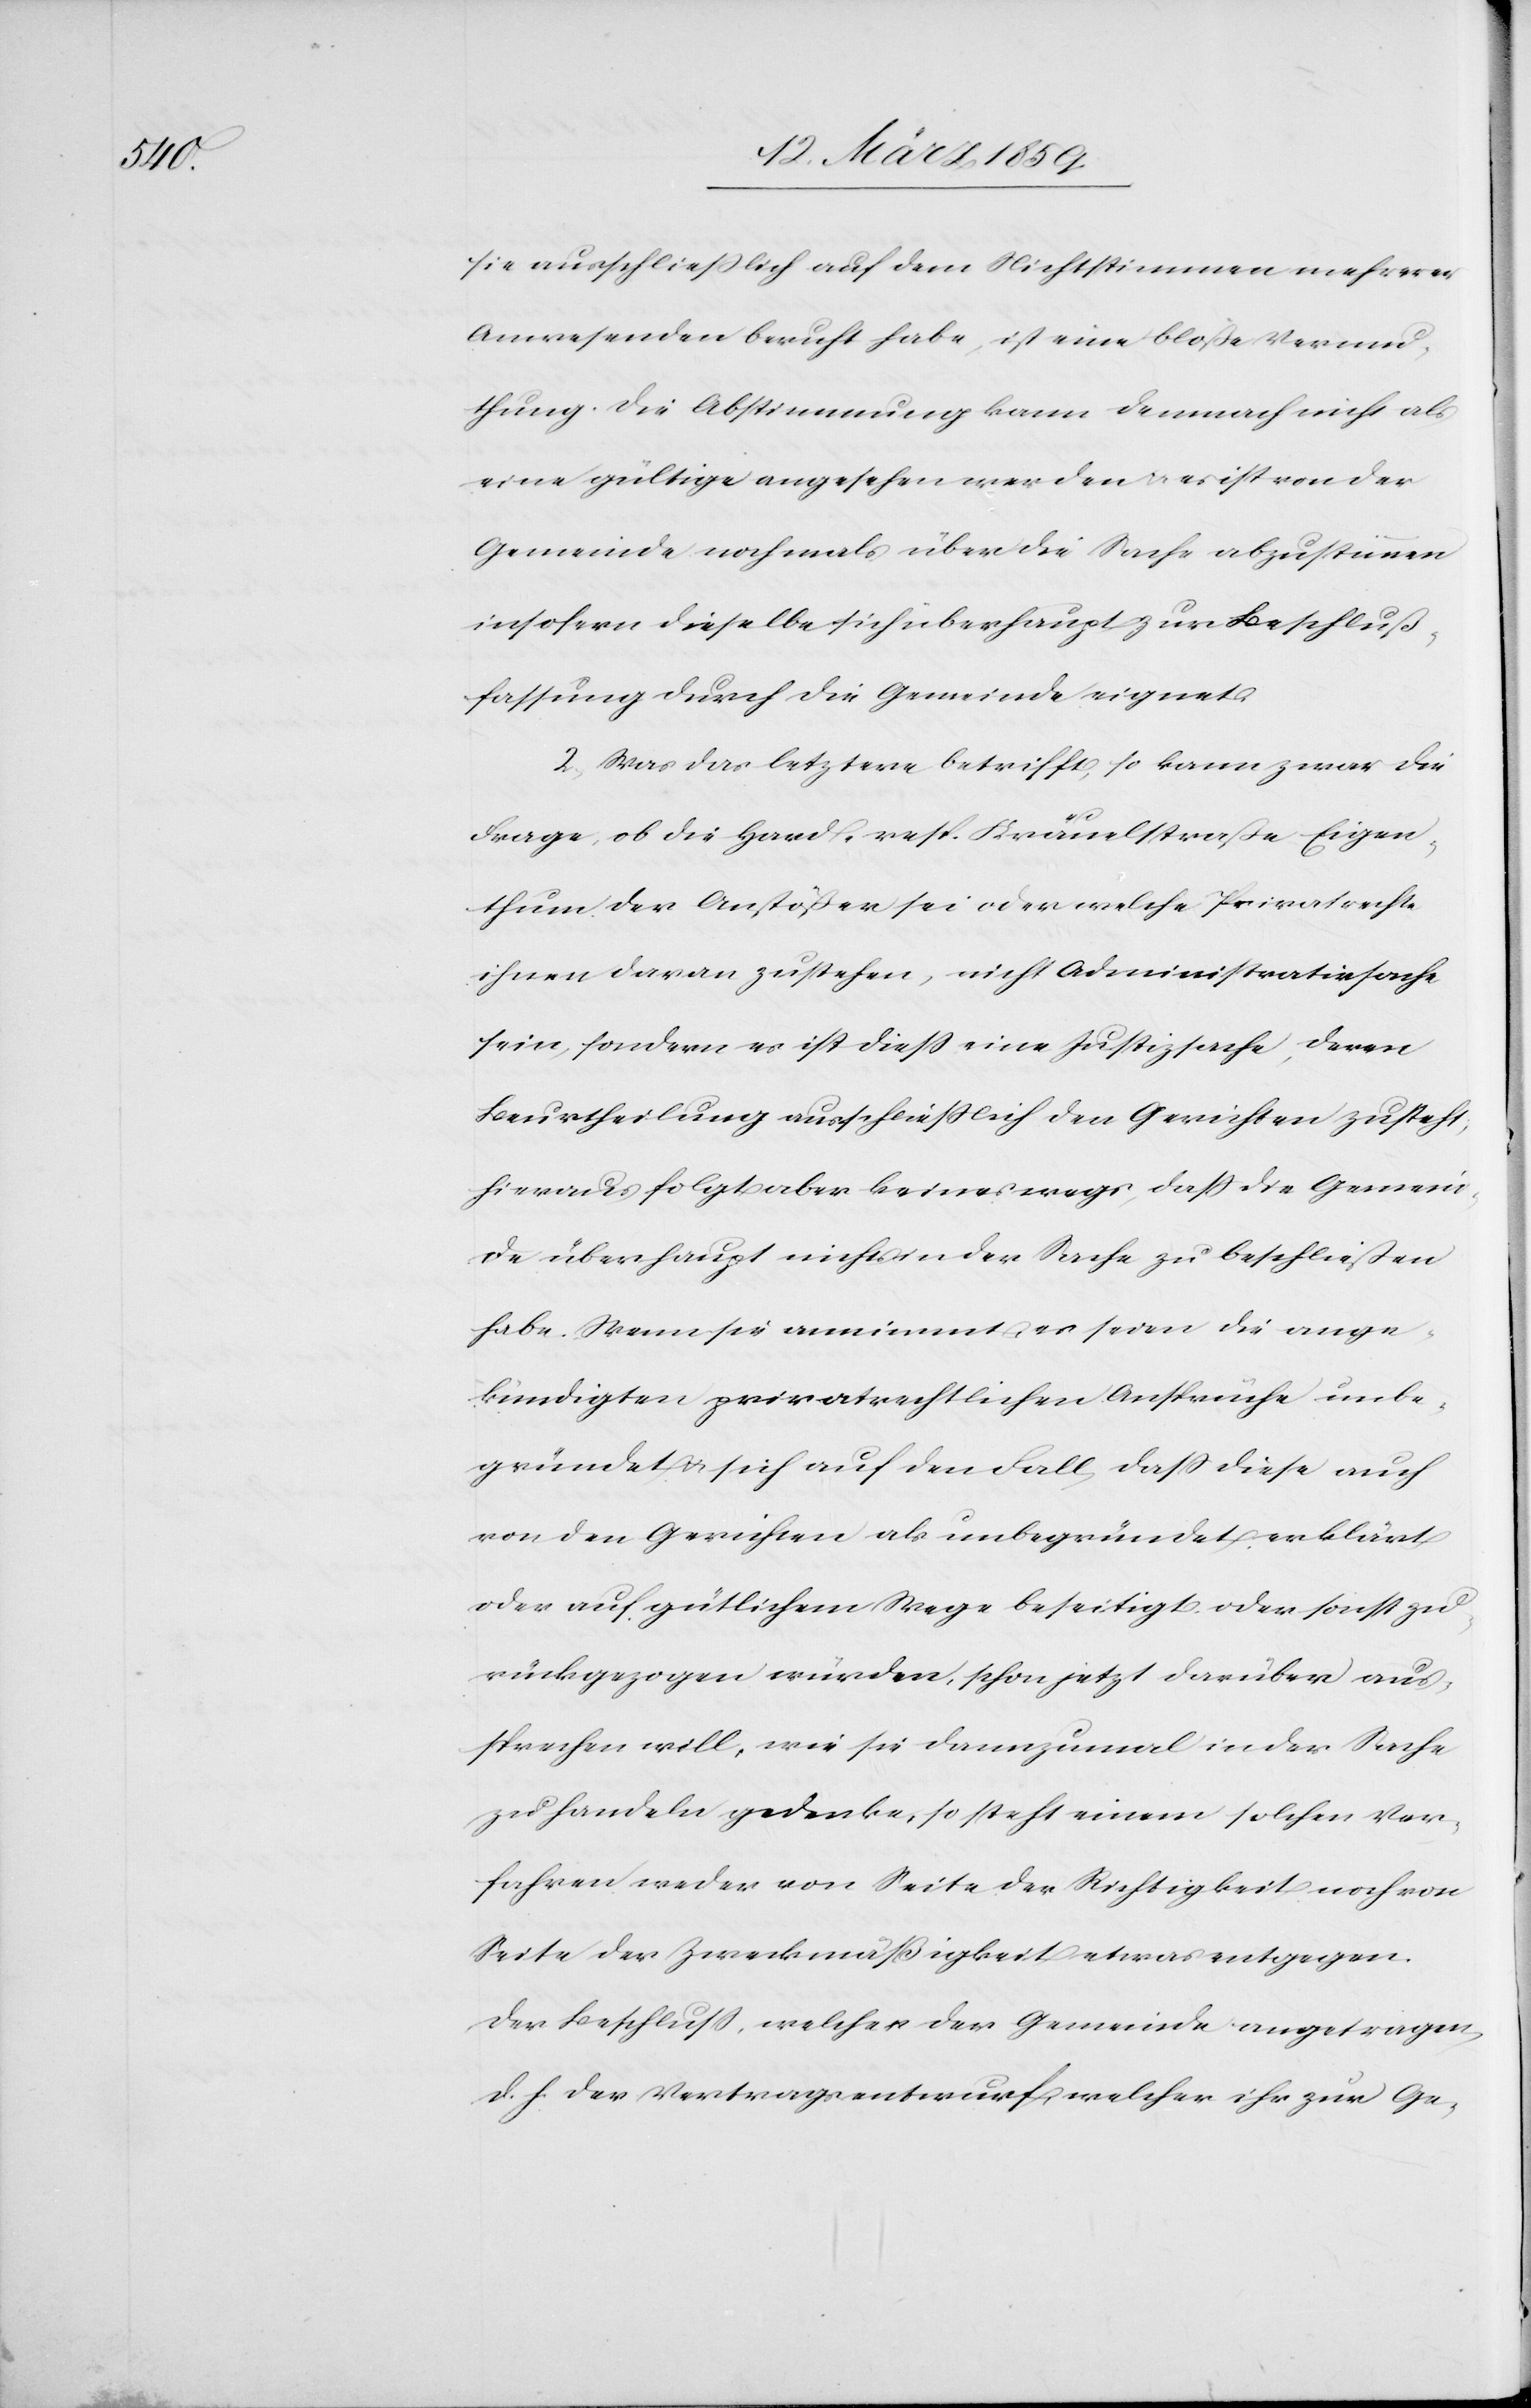
sie ausschließlich auf dem Nichtstimmen mehrerer
Anwesenden beruht habe, ist eine bloße Vermu¬
thung. Die Abstimmung kann demnach nicht als
eine gültige angesehen werden u. es ist von der
Gemeinde nochmals über die Sache abzustimmen
insofern dieselbe sich überhaupt zur Beschluß¬
fassung durch die Gemeinde eignet.
2) Was das letztere betrifft, so kann zwar die
Frage, ob die Hard- resp. Kräuelstraße Eigen¬
thum der Anstößer sei oder welche Privatrechte
ihnen daran zustehen, nicht Administrativsache
sein, sondern es ist dieß eine Justizsache, deren
Beurtheilung ausschließlich den Gerichten zusteht;
hieraus folgt aber keineswegs, daß die Gemein¬
de überhaupt nichts in der Sache zu beschließen
habe. Wenn sie annimmt, es seien die ange¬
kündigten privatrechtlichen Ansprüche unbe¬
gründet u. sich auf den Fall, daß diese auch
von den Gerichten als unbegründet erklärt
oder auf gütlichem Wege beseitigt oder sonst zu¬
rückgezogen würden, schon jetzt darüber aus¬
sprechen will, wie sie dazumal in der Sache
zu handeln gedenke, so steht einem solchen Ver¬
fahren weder von Seite der Richtigkeit noch von
Seite der Zweckmäßigkeit etwas entgegen.
Der Beschluß, welcher der Gemeinde angetragen,
d. h. der Vertragsentwurf, welcher ihr zur Ge-